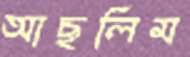
আছলিম